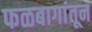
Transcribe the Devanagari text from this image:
फळबागांतून